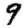
Digit: 9